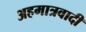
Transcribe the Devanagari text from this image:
अहमात्रवादी